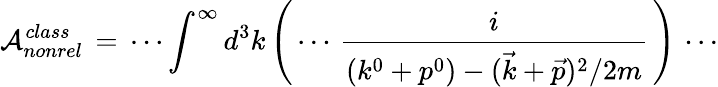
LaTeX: {\cal{A}}_{nonrel}^{class}\, =\, \cdots\int^{\infty}d^{3}k\left(\, \cdots\, \frac{i}{(k^{0}+p^{0})-(\vec{k}+\vec{p})^{2}/2m}\, \right)\, \cdots